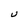
Character: U